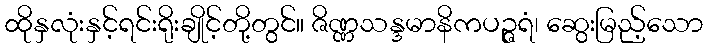
ထိုနှလုံးနှင့်ရင်းရိုးချိုင့်တို့တွင်။ ဇိဏ္ဏသန္ဒမာနိကပဉ္ဇရံ၊ ဆွေးမြည့်သော